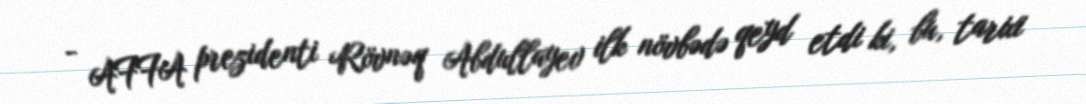
- AFFA prezidenti Rövnəq Abdullayev ilk növbədə qeyd etdi ki, bu, tarixi